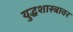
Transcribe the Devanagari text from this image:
युद्धशास्त्रावर